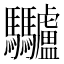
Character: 𩧥